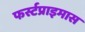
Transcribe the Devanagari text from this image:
फर्स्टप्राइमास